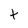
Character: t